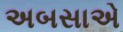
અબસાએ